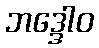
ဘဒ္ဒေါဝ